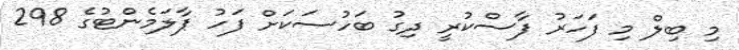
މި ބިލް މި ފަހަރު ފާސްކުރީ ދިގު ބަހުސަކަށް ފަހު ޕާލަމެންޓުގެ 298